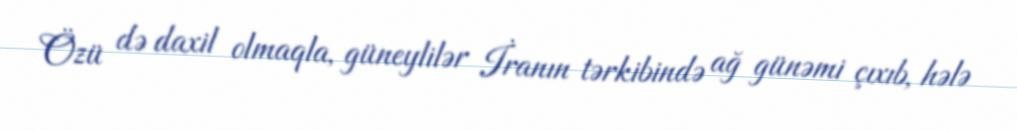
Özü də daxil olmaqla, güneylilər İranın tərkibində ağ günəmi çıxıb, hələ